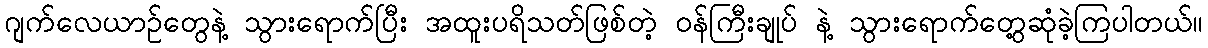
ဂျက်လေယာဉ်တွေနဲ့ သွားရောက်ပြီး အထူးပရိသတ်ဖြစ်တဲ့ ဝန်ကြီးချုပ် နဲ့ သွားရောက်တွေ့ဆုံခဲ့ကြပါတယ်။